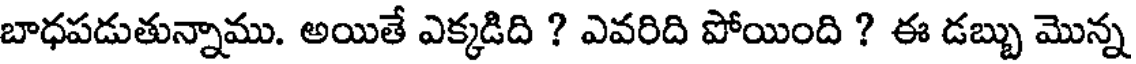
బాధపడుతున్నాము. అయితే ఎక్కడిది ? ఎవరిది పోయింది ? ఈ డబ్బు మొన్న